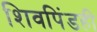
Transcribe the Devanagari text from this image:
शिवपिंडही